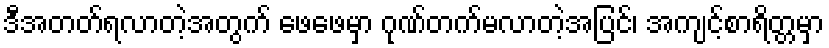
ဒီအတတ်ရလာတဲ့အတွက် ဖေဖေမှာ ဂုဏ်တက်မလာတဲ့အပြင်၊ အကျင့်စာရိတ္တမှာ